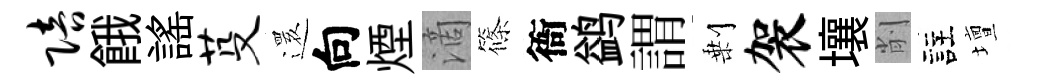
陪餓謡芟𮟃向煙滴篠衙鹢謂剰袈壤削註壇